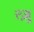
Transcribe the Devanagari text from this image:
त्ज़ु